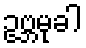
ဥဗ္ဘမုခါ